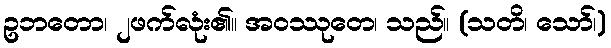
ဥဘတော၊ ၂ဖက်လုံး၏။ အဝဿုတေ၊ သည်။ (သတိ၊ သော်၊)